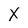
Character: X